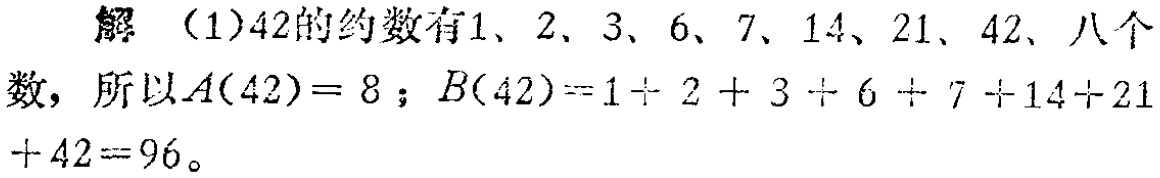
解 （1）42的约数有1、2、3、6、7、14、21、42、八个数，所以\(A(42)=8\)；\(B(42)=1 + 2 + 3 + 6 + 7 + 14+21 + 42=96\)。